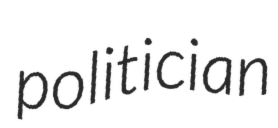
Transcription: politician